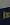
is